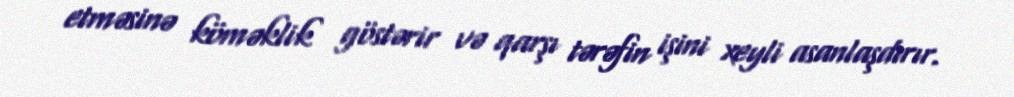
etməsinə köməklik göstərir və qarşı tərəfin işini xeyli asanlaşdırır.